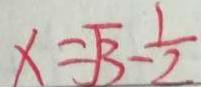
x = \sqrt { 3 } - \frac { 1 } { 2 }